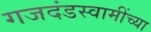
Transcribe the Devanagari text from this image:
गजदंडस्वामींच्या